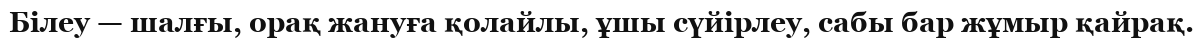
Білеу — шалғы, орақ жануға қолайлы, ұшы сүйірлеу, сабы бар жұмыр қайрақ.